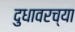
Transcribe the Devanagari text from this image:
दुधावरच्या